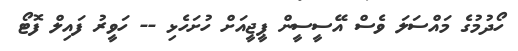
ހޯދުމުގެ މައްސަލަ ވެސް އޭސީސީން ޕީޖީއަށް ހުށަހެޅި -- ހަވީރު ފައިލް ފޮޓޯ